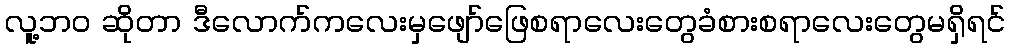
လူ့ဘဝ ဆိုတာ ဒီလောက်ကလေးမှဖျော်ဖြေစရာလေးတွေခံစားစရာလေးတွေမရှိရင်